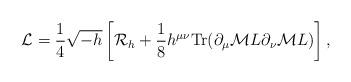
LaTeX: \begin{align*}{\cal L}={1\over 4}\sqrt{-h}\left[{\cal R}_{h}+{1\over 8}h^{\mu\nu}{\rm Tr}(\partial_{\mu}{\cal M}L\partial_{\nu}{\cal M}L)\right],\end{align*}